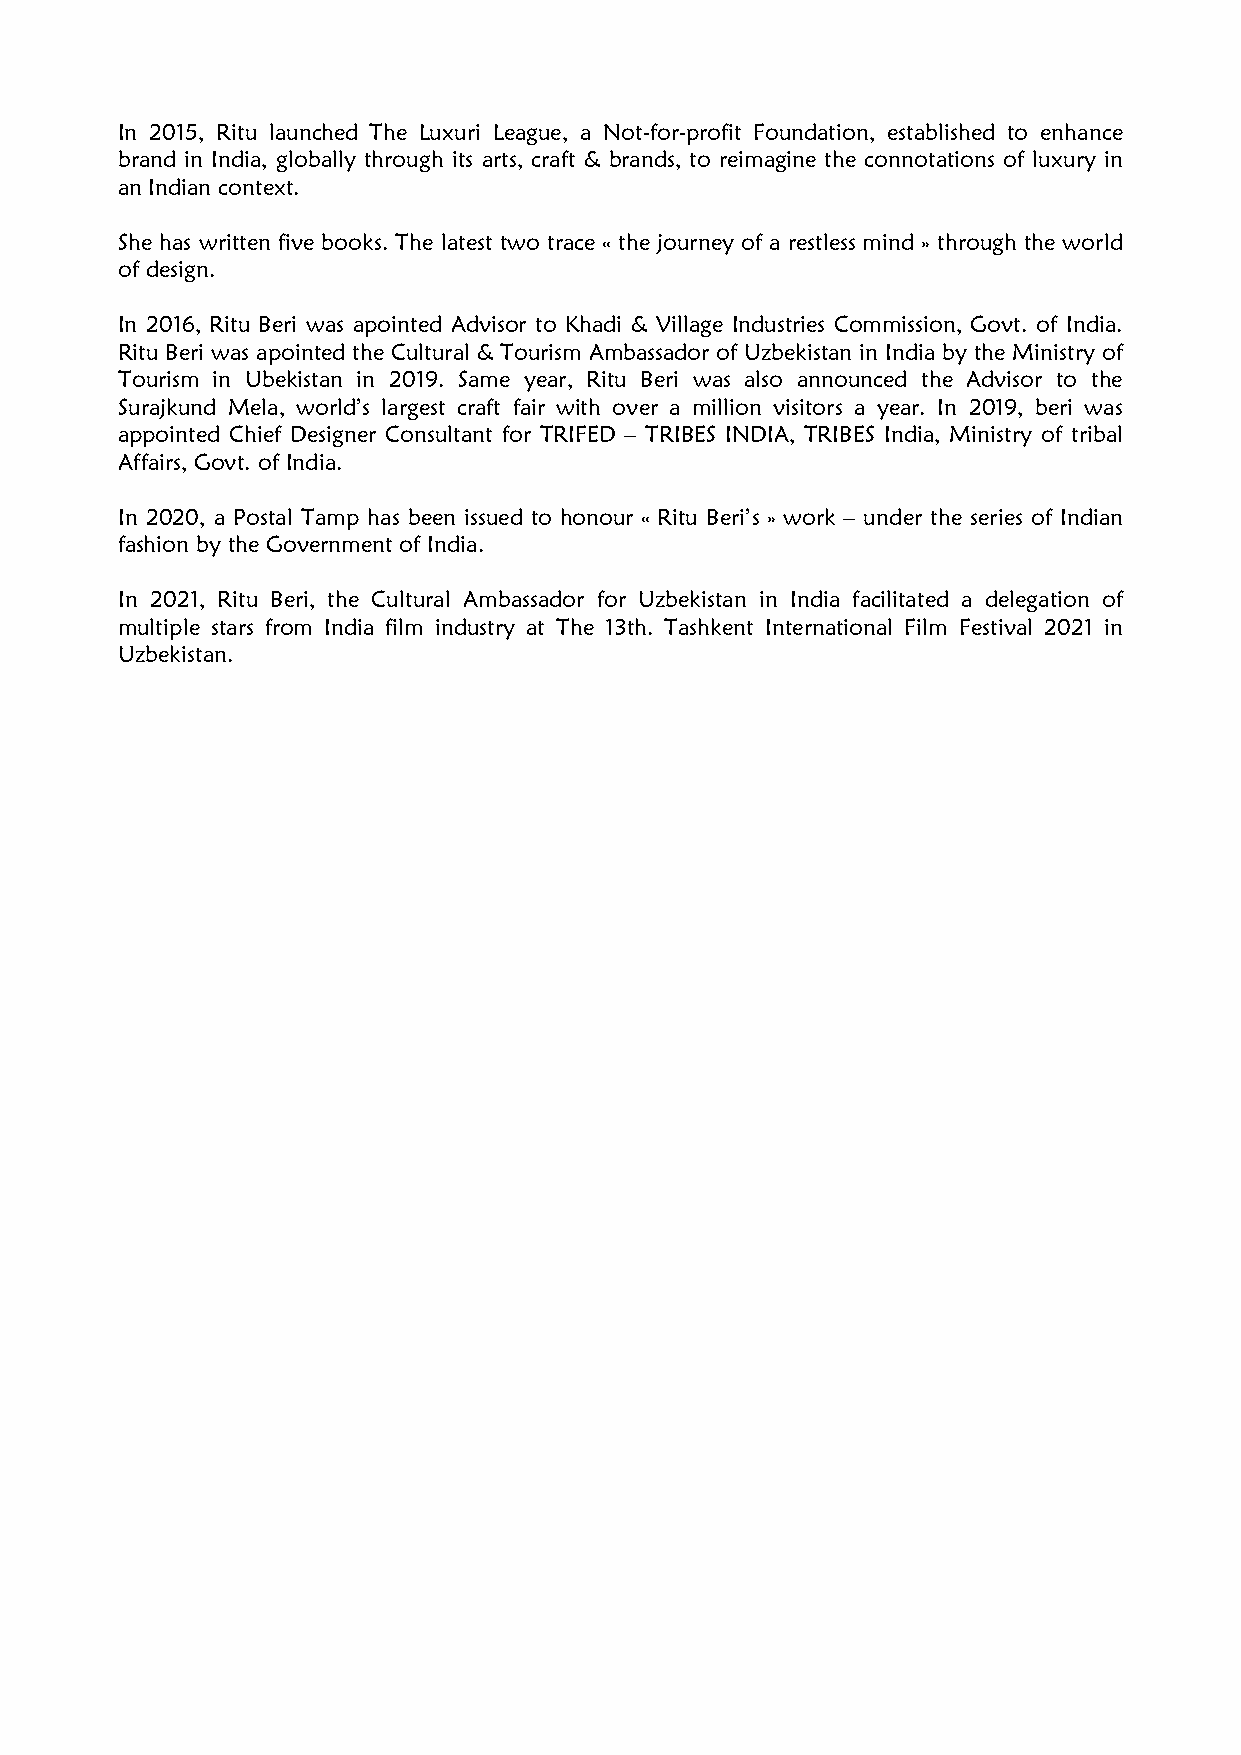
In 2015, Ritu launched The Luxuri League, a Not-for-profit Foundation, established to enhance
 brand in India, globally through its arts, craft & brands, to reimagine the connotations of luxury in
 an Indian context.
 She has written five books. The latest two trace « the journey of a restless mind » through the world
 of design.
 In 2016, Ritu Beri was apointed Advisor to Khadi & Village Industries Commission, Govt. of India.
 Ritu Beri was apointed the Cultural & Tourism Ambassador of Uzbekistan in India by the Ministry of
 Tourism in Ubekistan in 2019. Same year, Ritu Beri was also announced the Advisor to the
 Surajkund Mela, world’s largest craft fair with over a million visitors a year. In 2019, beri was
 appointed Chief Designer Consultant for TRIFED – TRIBES INDIA, TRIBES India, Ministry of tribal
 Affairs, Govt. of India.
 In 2020, a Postal Tamp has been issued to honour « Ritu Beri’s » work – under the series of Indian
 fashion by the Government of India.
 In 2021, Ritu Beri, the Cultural Ambassador for Uzbekistan in India facilitated a delegation of
 multiple stars from India film industry at The 13th. Tashkent International Film Festival 2021 in
 Uzbekistan.